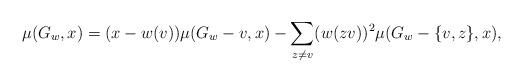
LaTeX: \begin{align*}\mu(G_w,x)=(x-w(v))\mu(G_w -v,x)-\displaystyle\sum_{z\neq v}(w(zv))^{2}\mu(G_w-\{v,z\},x),\end{align*}